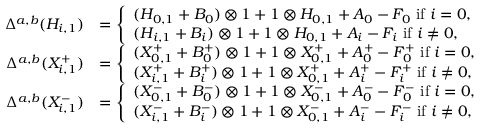
\begin{array} { r l } { \Delta ^ { a , b } ( H _ { i , 1 } ) } & { = \left\{ \begin{array} { l l } { ( H _ { 0 , 1 } + B _ { 0 } ) \otimes 1 + 1 \otimes H _ { 0 , 1 } + A _ { 0 } - F _ { 0 } \mathrm { ~ i f ~ } i = 0 , } \\ { ( H _ { i , 1 } + B _ { i } ) \otimes 1 + 1 \otimes H _ { 0 , 1 } + A _ { i } - F _ { i } \mathrm { ~ i f ~ } i \neq 0 , } \end{array} \right. } \\ { \Delta ^ { a , b } ( X _ { i , 1 } ^ { + } ) } & { = \left\{ \begin{array} { l l } { ( X _ { 0 , 1 } ^ { + } + B _ { 0 } ^ { + } ) \otimes 1 + 1 \otimes X _ { 0 , 1 } ^ { + } + A _ { 0 } ^ { + } - F _ { 0 } ^ { + } \mathrm { ~ i f ~ } i = 0 , } \\ { ( X _ { i , 1 } ^ { + } + B _ { i } ^ { + } ) \otimes 1 + 1 \otimes X _ { 0 , 1 } ^ { + } + A _ { i } ^ { + } - F _ { i } ^ { + } \mathrm { ~ i f ~ } i \neq 0 , } \end{array} \right. } \\ { \Delta ^ { a , b } ( X _ { i , 1 } ^ { - } ) } & { = \left\{ \begin{array} { l l } { ( X _ { 0 , 1 } ^ { - } + B _ { 0 } ^ { - } ) \otimes 1 + 1 \otimes X _ { 0 , 1 } ^ { - } + A _ { 0 } ^ { - } - F _ { 0 } ^ { - } \mathrm { ~ i f ~ } i = 0 , } \\ { ( X _ { i , 1 } ^ { - } + B _ { i } ^ { - } ) \otimes 1 + 1 \otimes X _ { 0 , 1 } ^ { - } + A _ { i } ^ { - } - F _ { i } ^ { - } \mathrm { ~ i f ~ } i \neq 0 , } \end{array} \right. } \end{array}